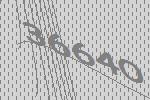
36640